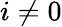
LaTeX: i\neq 0